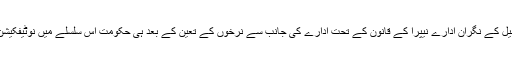
بجلی کی پیداوار و ترسیل کے نگران ادارے نیپرا کے قانون کے تحت ادارے کی جانب سے نرخوں کے تعین کے بعد ہی حکومت اس سلسلے میں نوٹیفکیشن جاری کر سکتی ہے۔